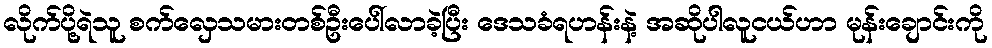
လိုက်ပို့ရဲသူ စက်လှေသမားတစ်ဦးပေါ်လာခဲ့ပြီး ဒေသခံရဟန်းနဲ့ အဆိုပါလူငယ်ဟာ မုန်းချောင်းကို